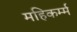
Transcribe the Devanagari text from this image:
महिकर्म्म